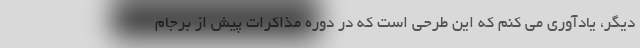
دیگر، یادآوری می کنم که این طرحی است که در دوره مذاکرات پیش از برجام